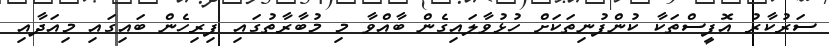
ސަރުކާރު އޮފީސްތަކާ ކުންފުނިތަކަށް ހުޅުވާލައިގެން ބާއްވާ މި މުބާރާތުގައި ފިރިހެން ބައިގައި މިއަދާއި